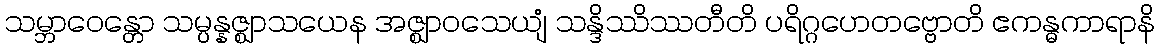
သမ္ဘာဝေန္တော သမ္ပန္နဇ္ဈာသယေန အဇ္ဈာဝသေယျံ သန္ဒိဿိဿတီတိ ပရိဂ္ဂဟေတဗ္ဗောတိ ဧကန္ဓကာရာနိ